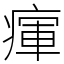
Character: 瘒